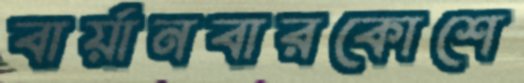
বার্য়ানবারকোশে